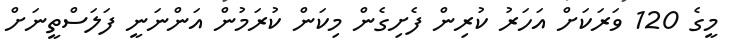
މީގެ 120 ވަރަކަށް އަހަރު ކުރިން ފެށިގެން މިކަން ކުރަމުން އަންނަނީ ފަލަސްތީނަށް